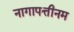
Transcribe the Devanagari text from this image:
नागापत्तीनम